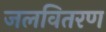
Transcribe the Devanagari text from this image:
जलवितरण